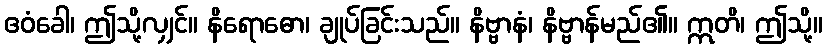
ဧဝံခေါ၊ ဤသို့လျှင်။ နိရောဓော၊ ချုပ်ခြင်းသည်။ နိဗ္ဗာနံ၊ နိဗ္ဗာန်မည်၏။ ဣတိ၊ ဤသို့။